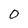
Character: 0